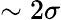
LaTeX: \sim 2\sigma